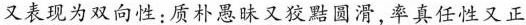
又表现为双向性:质朴愚昧又狡黠圆滑,率真任性又正